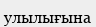
улылығына